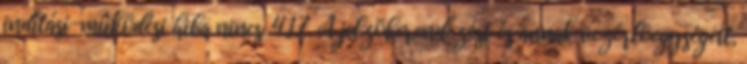
indítási-mûködési hiba nincs. 4.1.7. A jelzõberendezést és annak vezérlõegységeit,